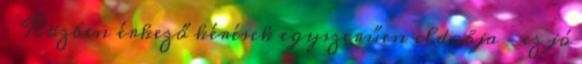
● Közben érkező kérések egyszerűen eldobja – ez jó